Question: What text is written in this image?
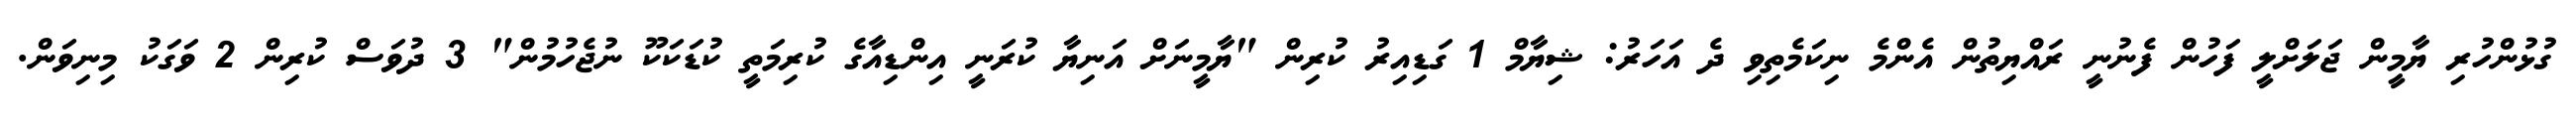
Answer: ގުޅުންހުރި ޔާމީން ޖަލަށްލީ ފަހުން ފެނުނީ ރައްޔިތުން އެންމެ ނިކަމެތިވި ދެ އަހަރު: ޝިޔާމް 1 ގަޑިއިރު ކުރިން "ޔާމީނަށް އަނިޔާ ކުރަނީ އިންޑިއާގެ ކުރިމަތީ ކުޑަކަކޫ ނުޖެހުމުން" 3 ދުވަސް ކުރިން 2 ވަގަކު މިނިވަން.